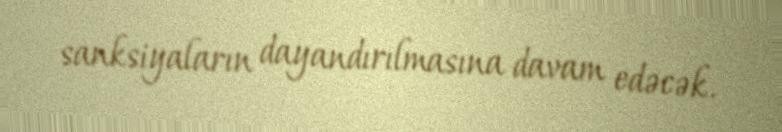
sanksiyaların dayandırılmasına davam edəcək.